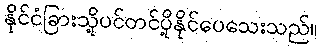
နိုင်ငံခြားသို့ပင်တင်ပို့နိုင်ပေသေးသည်။